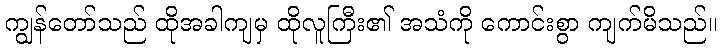
ကျွန်တော်သည် ထိုအခါကျမှ ထိုလူကြီး၏ အသံကို ကောင်းစွာ ကျက်မိသည်။